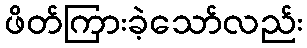
ဖိတ်ကြားခဲ့သော်လည်း